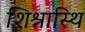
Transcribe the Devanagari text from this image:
शिश्नास्थि